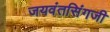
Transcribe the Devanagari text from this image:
जयवंतसिंगजी